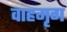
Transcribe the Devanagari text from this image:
वाहमृग